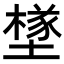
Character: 𡑻